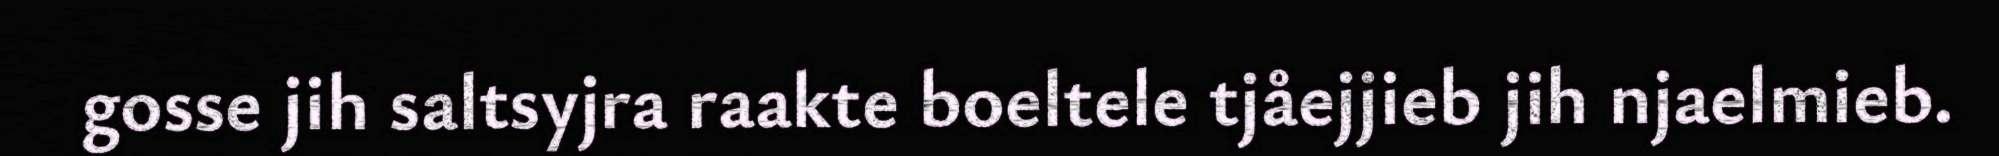
gosse jih saltsyjra raakte boeltele tjåejjieb jih njaelmieb.